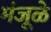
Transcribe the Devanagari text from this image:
मंजूळे